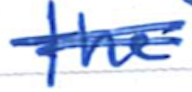
Text: the
Cross-out: double-line
Writing tool: ballpoint